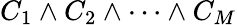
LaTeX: C_{1}\wedge C_{2}\wedge\cdots\wedge C_{M}